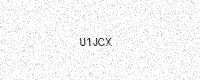
Text: U1JCX